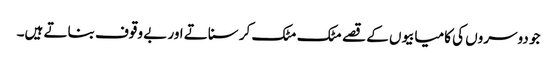
جو دوسروں کی کامیابیوں کے قصے مٹک مٹک کر سناتے اور بے وقوف بناتے ہیں۔